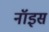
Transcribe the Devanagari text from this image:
नॉइस